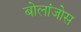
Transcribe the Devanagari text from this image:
बोलांजोस